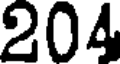
204